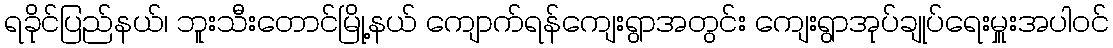
ရခိုင်ပြည်နယ်၊ ဘူးသီးတောင်မြို့နယ် ကျောက်ရန်ကျေးရွာအတွင်း ကျေးရွာအုပ်ချုပ်ရေးမှူးအပါဝင်